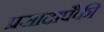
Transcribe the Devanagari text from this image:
प्रसादापैकी